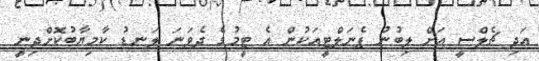
އަދި ޗެލްސީ އަށް ލިބުނު ޕެނަލްޓީއަކުން އެ ޓީމުގެ ދެވަނަ ލަނޑު ކާމިޔާބުކޮށްދިނީ